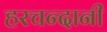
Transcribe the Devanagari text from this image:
हरचन्दानी